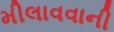
મીલાવવાની